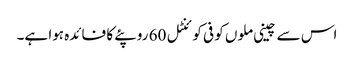
اس سے چینی ملوں کو فی کوئنٹل 60 روپئے کا فائدہ ہوا ہے۔